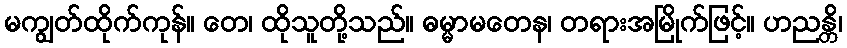
မကျွတ်ထိုက်ကုန်။ တေ၊ ထိုသူတို့သည်။ ဓမ္မာမတေန၊ တရားအမြိုက်ဖြင့်။ ဟညန္တိ၊